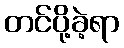
တင်ပို့ခဲ့ရာ